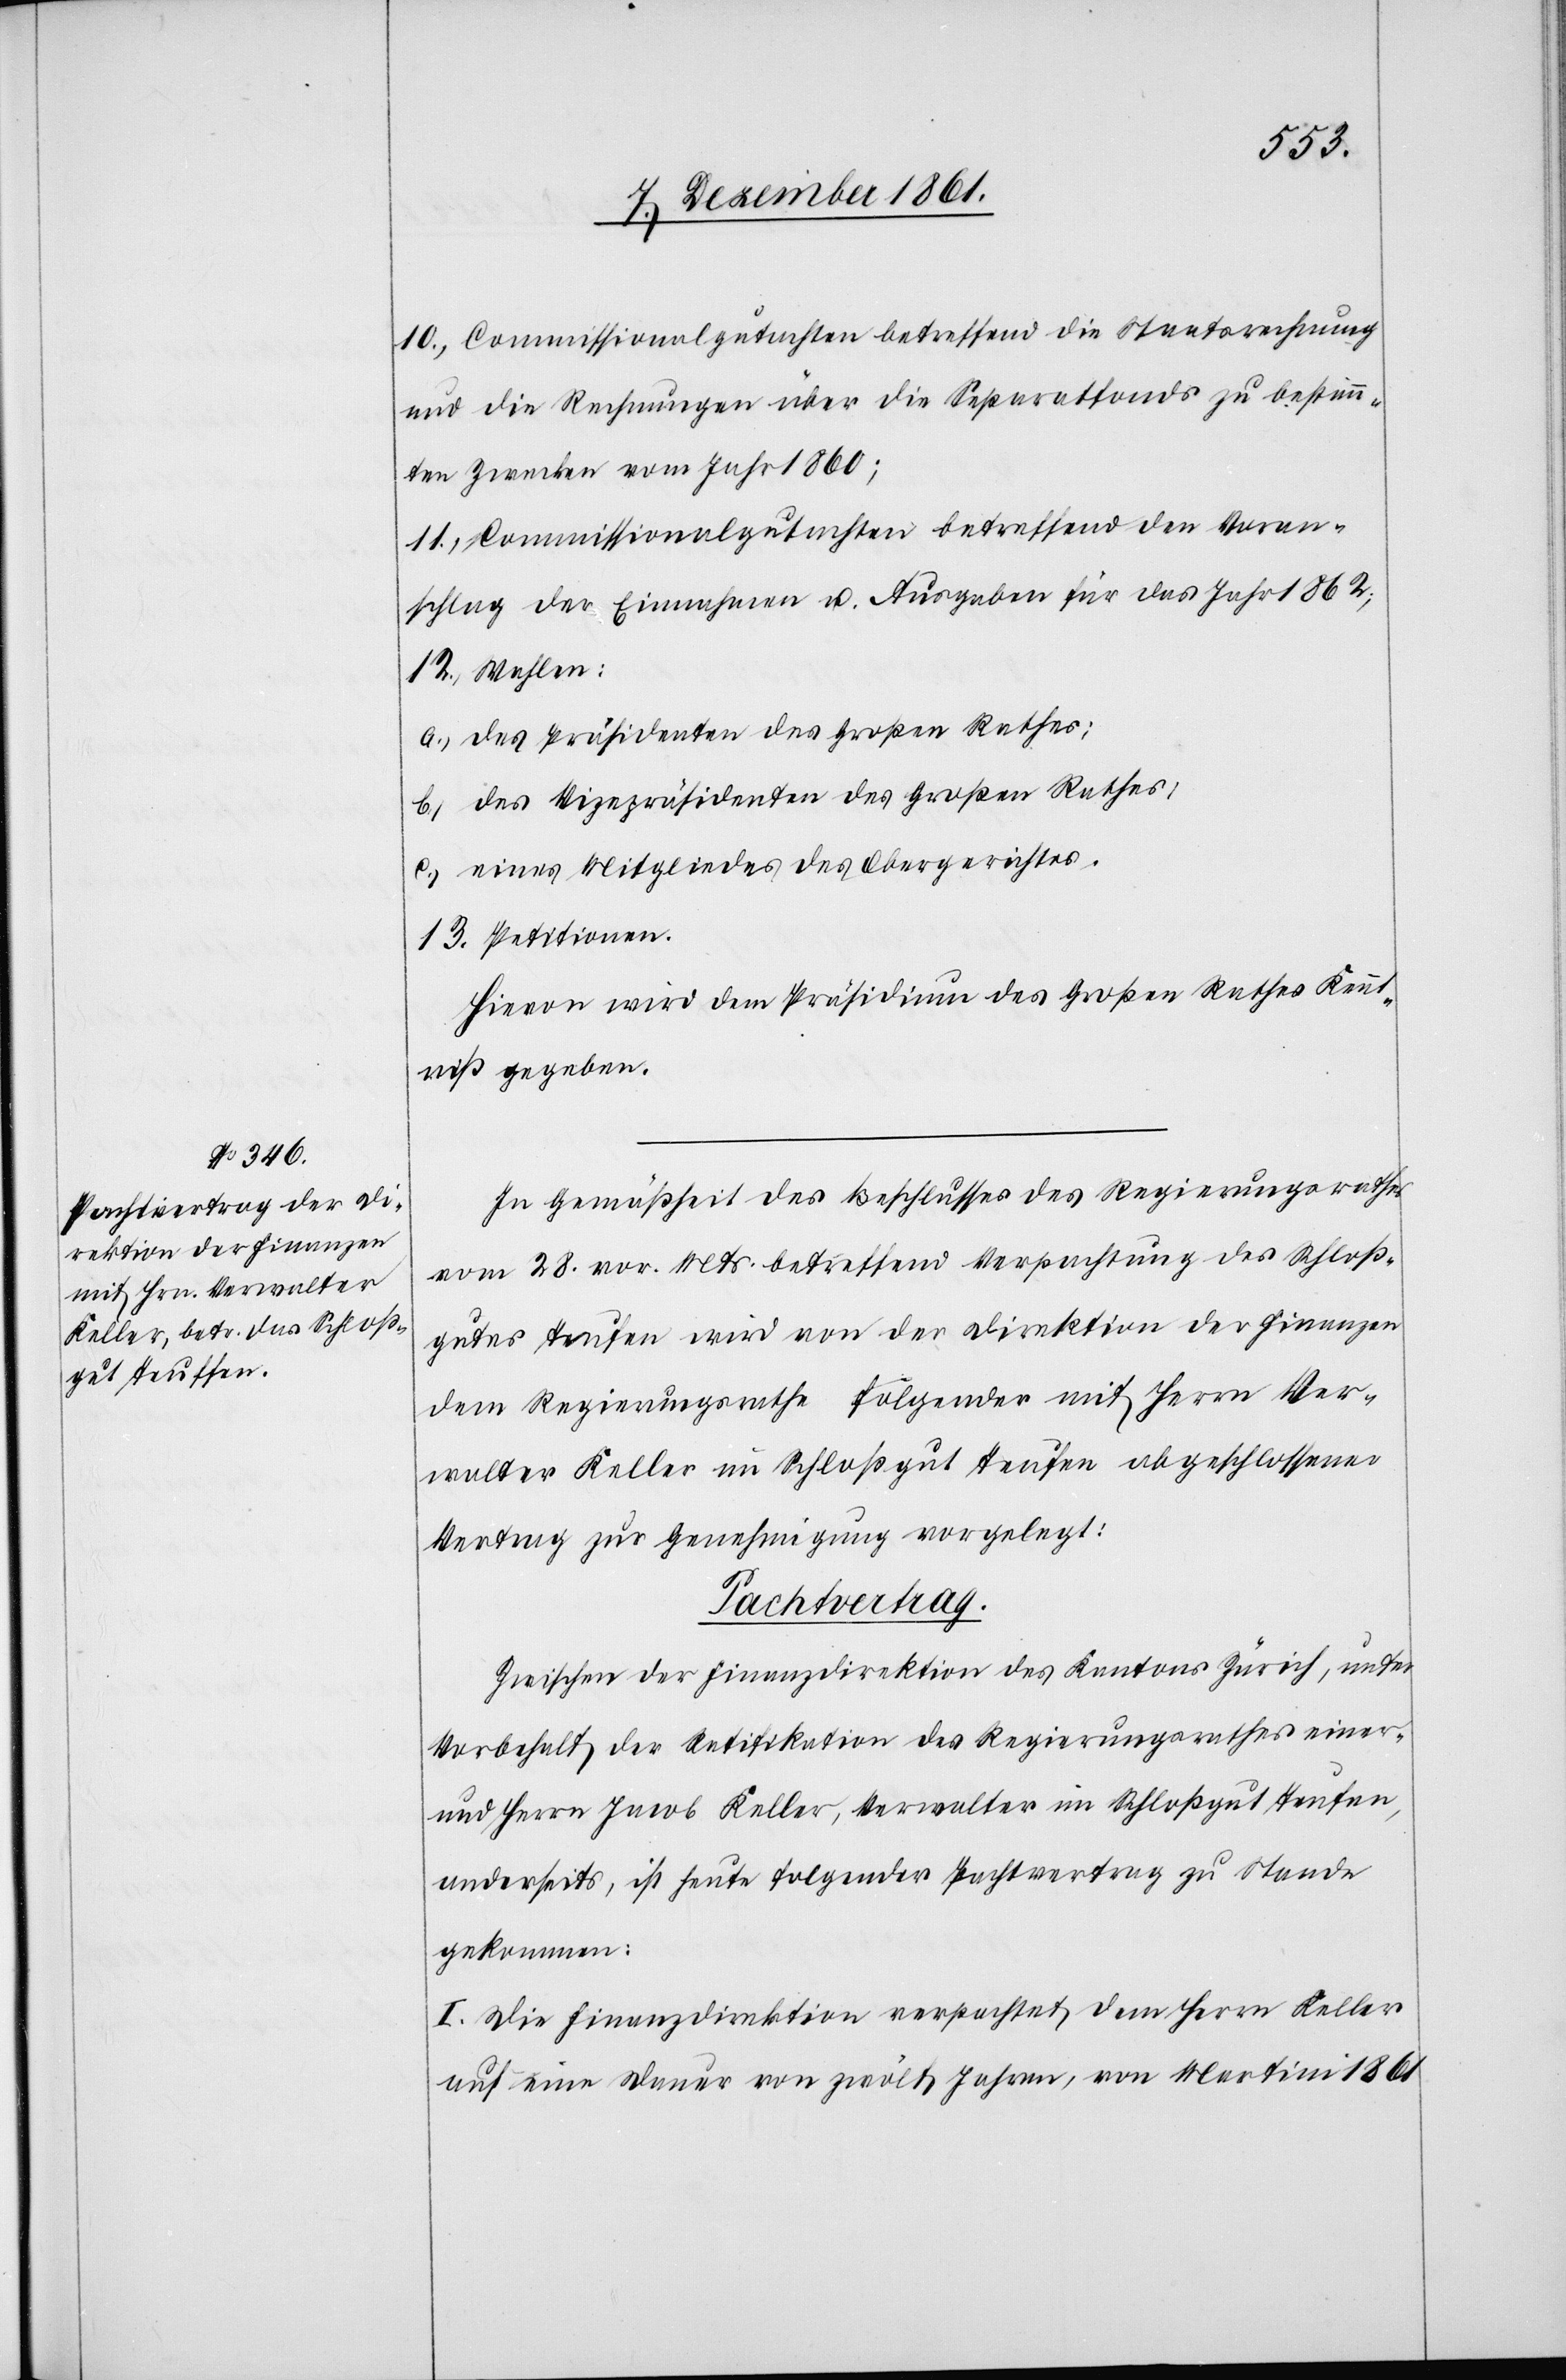
10. Commissionalgutachten betreffend die Staatsrechnung
und die Rechnungen über die Separatfonds zu bestimm¬
ten Zwecken vom Jahr 1860;
11. Commissionalgutachten betreffend den Voran¬
schlag der Einnahmen u. Ausgaben für das Jahr 1862;
12. Wahlen:
a.) des Präsidenten des Großen Rathes;
b.) des Vizepräsidenten des Großen Rathes;
c.) eines Mitgliedes des Obergerichtes.
13. Petitionen.
Hievon wird dem Präsidium des Großen Rathes Kennt¬
niß gegeben.
In Gemäßheit des Beschlusses des Regierungsrathes
vom 28 vor. Mts. betreffend Verpachtung des Schloß¬
gutes Teufen wird von der Direktion der Finanzen
dem Regierungsrathe folgender mit Herrn Ver¬
walter Keller im Schloßgut Teufen abgeschlossener
Vertrag zur Genehmigung vorgelegt:
Pachtvertrag.
Zwischen der Finanzdirektion des Kantons Zürich, unter
Vorbehalt der Ratifikation des Regierungsrathes einer
und Herrn Jacob Keller, Verwalter im Schloßgut Teufen,
anderseits, ist heute folgender Pachtvertrag zu Stande
gekommen:
I. Die Finanzdirektion verpachtet dem Herrn Keller
auf eine Dauer von zwölf Jahren, von Martini 1861